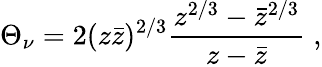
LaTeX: \Theta_{\nu}=2(z\bar{z})^{2/3}\frac{z^{2/3}-\bar{z}^{2/3}}{z-\bar{z}}\; ,